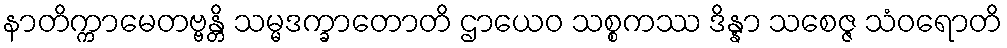
နာတိက္ကာမေတဗ္ဗန္တိ သမ္မဒက္ခာတောတိ ဌာယေဝ သစ္စကဿ ဒိန္နာ သစေဇ္ဇ သံဝရောတိ